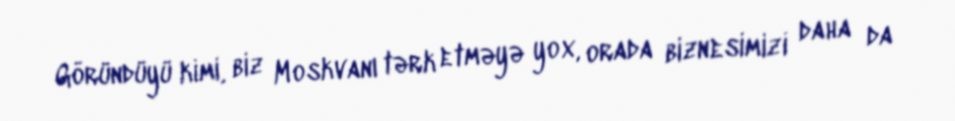
Göründüyü kimi, biz Moskvanı tərk etməyə yox, orada biznesimizi daha da